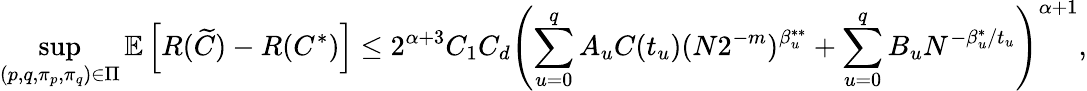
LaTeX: \operatorname*{sup}_{(p,q,\pi_{p},\pi_{q})\in\Pi}\mathbb{E}\left[R({\widetilde{C}})-R(C^{\ast})\right]\leq 2^{\alpha+3}C_{1}C_{d}\left(\sum_{u=0}^{q}A_{u}C(t_{u})(N2^{-m})^{\beta_{u}^{\ast\ast}}+\sum_{u=0}^{q}B_{u}N^{-\beta_{u}^{\ast}/t_{u}}\right)^{\alpha+1},